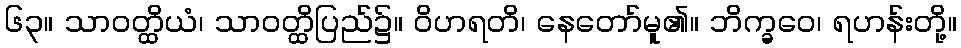
၆၃။ သာဝတ္ထိယံ၊ သာဝတ္ထိပြည်၌။ ဝိဟရတိ၊ နေတော်မူ၏။ ဘိက္ခဝေ၊ ရဟန်းတို့။